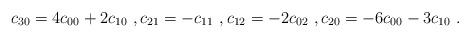
LaTeX: \begin{align*}c_{30} = 4c_{00}+2c_{10}\ , c_{21} = - c_{11}\ , c_{12} = -2c_{02} \ , c_{20} = -6c_{00}-3c_{10}\ .\end{align*}